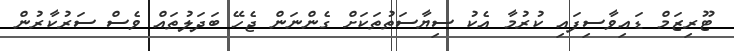
ޓޫރިޒަމް ޑައިވާސިފައި ކުރުމާ އެކު ސިޔާސަތުތަކަށް ގެންނަން ޖެހޭ ބަދަލުތައް ވެސް ސަރުކާރުން